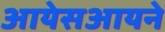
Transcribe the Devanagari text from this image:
आयेसआयने